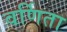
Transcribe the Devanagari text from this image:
वर्णिता